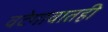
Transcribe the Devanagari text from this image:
वटेगावातही